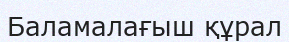
Баламалағыш құрал